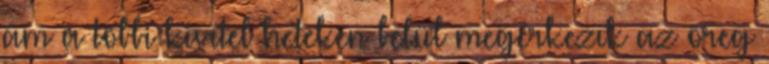
ám a többi kivitel heteken belül megérkezik az öreg